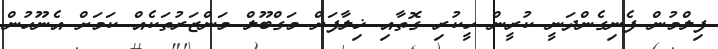
ފިލްމުން ފެނިގެންދަނީ ކުރީން ހީކުރި ގޮތާއި ޚިލާފަށް މަގްބޫލް މަންޒަރުތަކެއް ކަމަށް އެނޫހުން